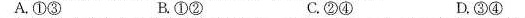
A.①③ B.①② C.②④ D.③④